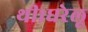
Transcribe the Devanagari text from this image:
थी।घरेलू